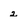
Character: 2